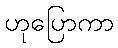
ဟုပြောကာ